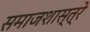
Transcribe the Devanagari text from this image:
समाजशास्त्रे